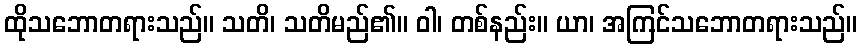
ထိုသဘောတရားသည်။ သတိ၊ သတိမည်၏။ ဝါ၊ တစ်နည်း။ ယာ၊ အကြင်သဘောတရားသည်။